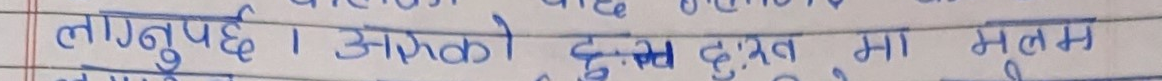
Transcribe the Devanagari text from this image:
लागूनुपर्छ । आफ्नो दुःख मा मूल्य